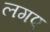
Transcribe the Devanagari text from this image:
लगए